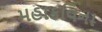
મહાકવિના